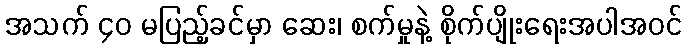
အသက် ၄၀ မပြည့်ခင်မှာ ဆေး၊ စက်မှုနဲ့ စိုက်ပျိုးရေးအပါအဝင်